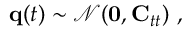
{ \bf q } ( t ) \sim \mathcal { N } ( { \bf 0 } , { \bf C } _ { t t } ) \mathrm { ~ , ~ }